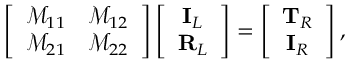
\left[ \begin{array} { c c } { \mathcal { M } _ { 1 1 } } & { \mathcal { M } _ { 1 2 } } \\ { \mathcal { M } _ { 2 1 } } & { \mathcal { M } _ { 2 2 } } \end{array} \right] \left[ \begin{array} { c } { \mathbf { I } _ { L } } \\ { \mathbf { R } _ { L } } \end{array} \right] = \left[ \begin{array} { c } { \mathbf { T } _ { R } } \\ { \mathbf { I } _ { R } } \end{array} \right] ,